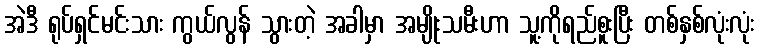
အဲဒီ ရုပ်ရှင်မင်းသား ကွယ်လွန် သွားတဲ့ အခါမှာ အမျိုးသမီးဟာ သူ့ကိုရည်စူးပြီး တစ်နှစ်လုံးလုံး